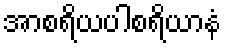
အာစရိယပါစရိယာနံ